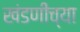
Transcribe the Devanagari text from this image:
खंडणीच्या